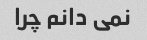
نمی دانم چرا